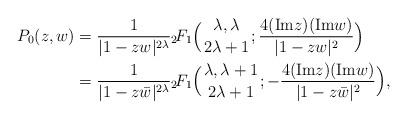
LaTeX: \begin{align*} P_{0}(z,w)&=\frac{1}{|1-zw|^{2\lambda}}{}_2\!F_{1}\Big({\lambda,\lambda\atop 2\lambda+1};\frac{4({\rm Im} z)({\rm Im} w)}{|1-zw|^{2}}\Big)\\&=\frac{1}{|1-z\bar{w}|^{2\lambda}}{}_2\!F_{1}\Big({\lambda,\lambda+1\atop 2\lambda+1};-\frac{4({\rm Im} z)({\rm Im} w)}{|1-z\bar{w}|^{2}}\Big),\end{align*}